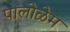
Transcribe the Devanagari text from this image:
पालोळेम